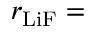
r _ { \mathrm { L i F } } =